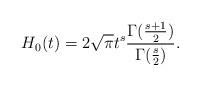
LaTeX: \begin{align*}H_0(t) = 2\sqrt{\pi} t^{s} \frac{\Gamma(\frac{s+1}{2})}{\Gamma(\frac s2)}.\end{align*}